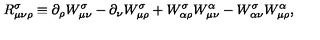
R ^ { \sigma } _ { \mu \nu \rho } \equiv \partial _ { \rho } W _ { \mu \nu } ^ { \sigma } - \partial _ { \nu } W _ { \mu \rho } ^ { \sigma } + W _ { \alpha \rho } ^ { \sigma } W _ { \mu \nu } ^ { \alpha } - W _ { \alpha \nu } ^ { \sigma } W _ { \mu \rho } ^ { \alpha } ,